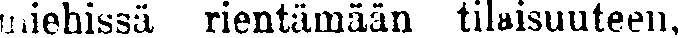
miehissä rientämään tilaisuuteen,